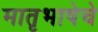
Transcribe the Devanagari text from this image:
मातृभाषेचे